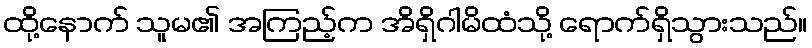
ထို့နောက် သူမ၏ အကြည့်က အိရှိဂါမိထံသို့ ရောက်ရှိသွားသည်။